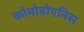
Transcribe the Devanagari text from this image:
कोमोडोएनिस